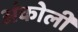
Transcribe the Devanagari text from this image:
अंकोली